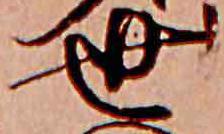
世